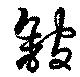
館